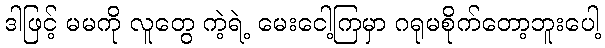
ဒါဖြင့် မမကို လူတွေ ကဲ့ရဲ့ မေးငေါ့ကြမှာ ဂရုမစိုက်တော့ဘူးပေါ့